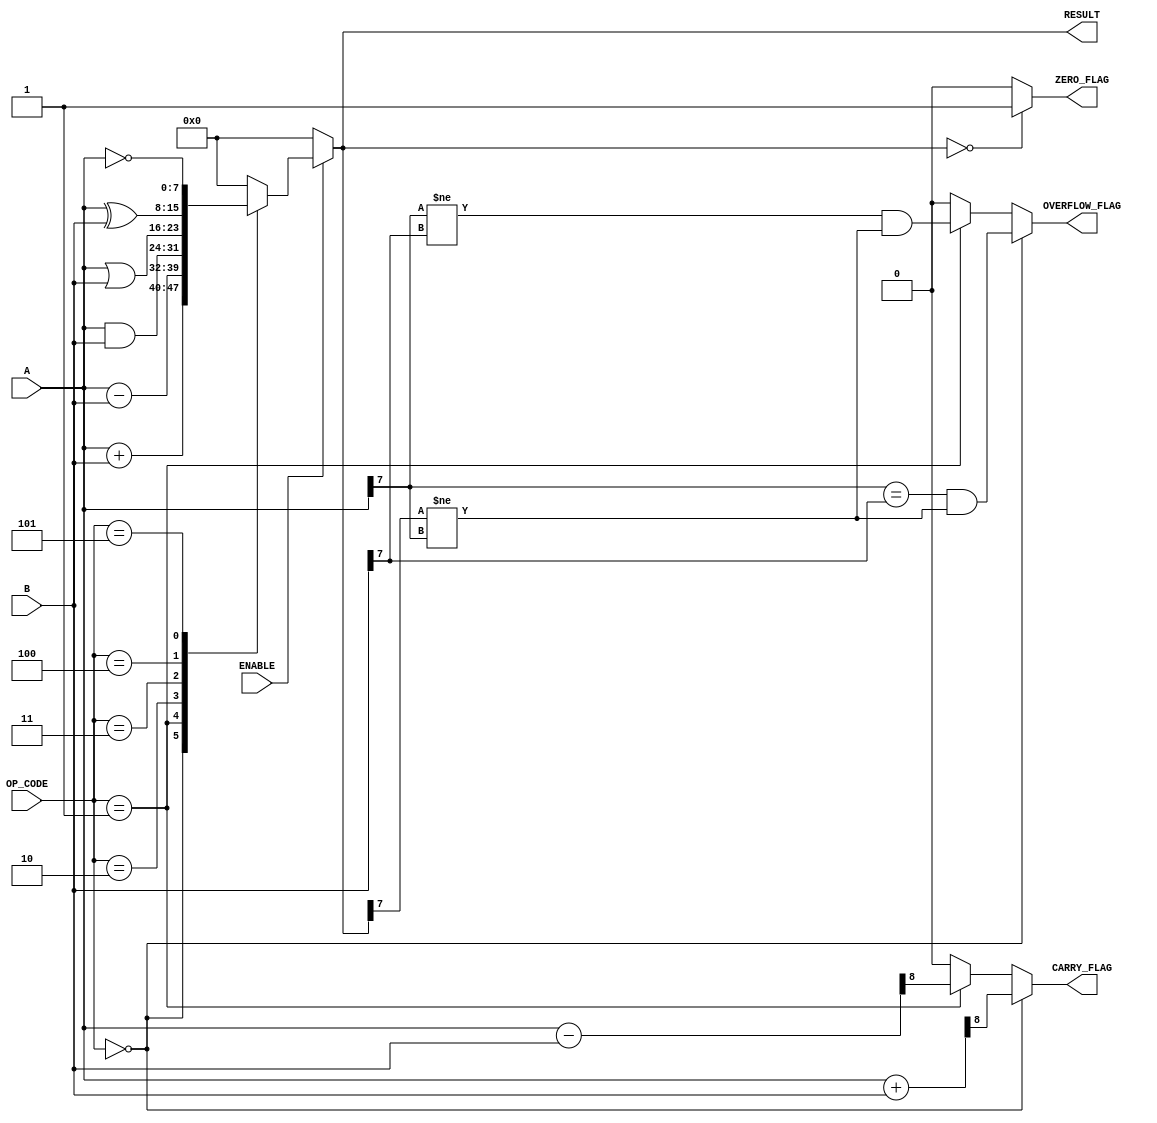
module Parameterized_ALU #(
    parameter DATA_WIDTH = 8, // Width of the data bus
    parameter OPERATION_MODE = 4 // Number of operations supported
)(
    input  wire [DATA_WIDTH-1:0] A,        // Input operand A
    input  wire [DATA_WIDTH-1:0] B,        // Input operand B
    input  wire [OPERATION_MODE-1:0] OP_CODE, // Operation code
    input  wire ENABLE,                     // Enable signal
    output reg [DATA_WIDTH-1:0] RESULT,    // ALU result
    output reg ZERO_FLAG,                   // Zero flag
    output reg CARRY_FLAG,                  // Carry flag
    output reg OVERFLOW_FLAG                 // Overflow flag
);

    // Internal signals
    wire [DATA_WIDTH:0] ADD_RESULT; // For carry out
    wire [DATA_WIDTH:0] SUB_RESULT; // For carry out
    reg [DATA_WIDTH-1:0] temp_result;

    // ALU operations
    always @(*) begin
        if (ENABLE) begin
            case (OP_CODE)
                4'b0000: temp_result = A + B; // Addition
                4'b0001: temp_result = A - B; // Subtraction
                4'b0010: temp_result = A & B; // AND
                4'b0011: temp_result = A | B; // OR
                4'b0100: temp_result = A ^ B; // XOR
                4'b0101: temp_result = ~A;     // NOT A
                // Add more operations as needed
                default: temp_result = 0;      // Default case
            endcase
        end else begin
            temp_result = 0; // Default output when not enabled
        end
    end

    // Assign the result and calculate flags
    always @(*) begin
        RESULT = temp_result;

        // Zero flag
        ZERO_FLAG = (RESULT == 0) ? 1'b1 : 1'b0;

        // Carry flag for addition and subtraction
        ADD_RESULT = A + B;
        SUB_RESULT = A - B;
        CARRY_FLAG = (OP_CODE == 4'b0000) ? ADD_RESULT[DATA_WIDTH] : // Addition carry
                     (OP_CODE == 4'b0001) ? SUB_RESULT[DATA_WIDTH] : // Subtraction borrow
                     1'b0; // No carry for other operations

        // Overflow flag for addition and subtraction
        OVERFLOW_FLAG = (OP_CODE == 4'b0000) ? (A[DATA_WIDTH-1] == B[DATA_WIDTH-1] && RESULT[DATA_WIDTH-1] != A[DATA_WIDTH-1]) : // Addition overflow
                        (OP_CODE == 4'b0001) ? (A[DATA_WIDTH-1] != B[DATA_WIDTH-1] && RESULT[DATA_WIDTH-1] != A[DATA_WIDTH-1]) : // Subtraction overflow
                        1'b0; // No overflow for other operations
    end

endmodule